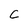
Character: C